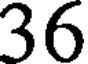
36